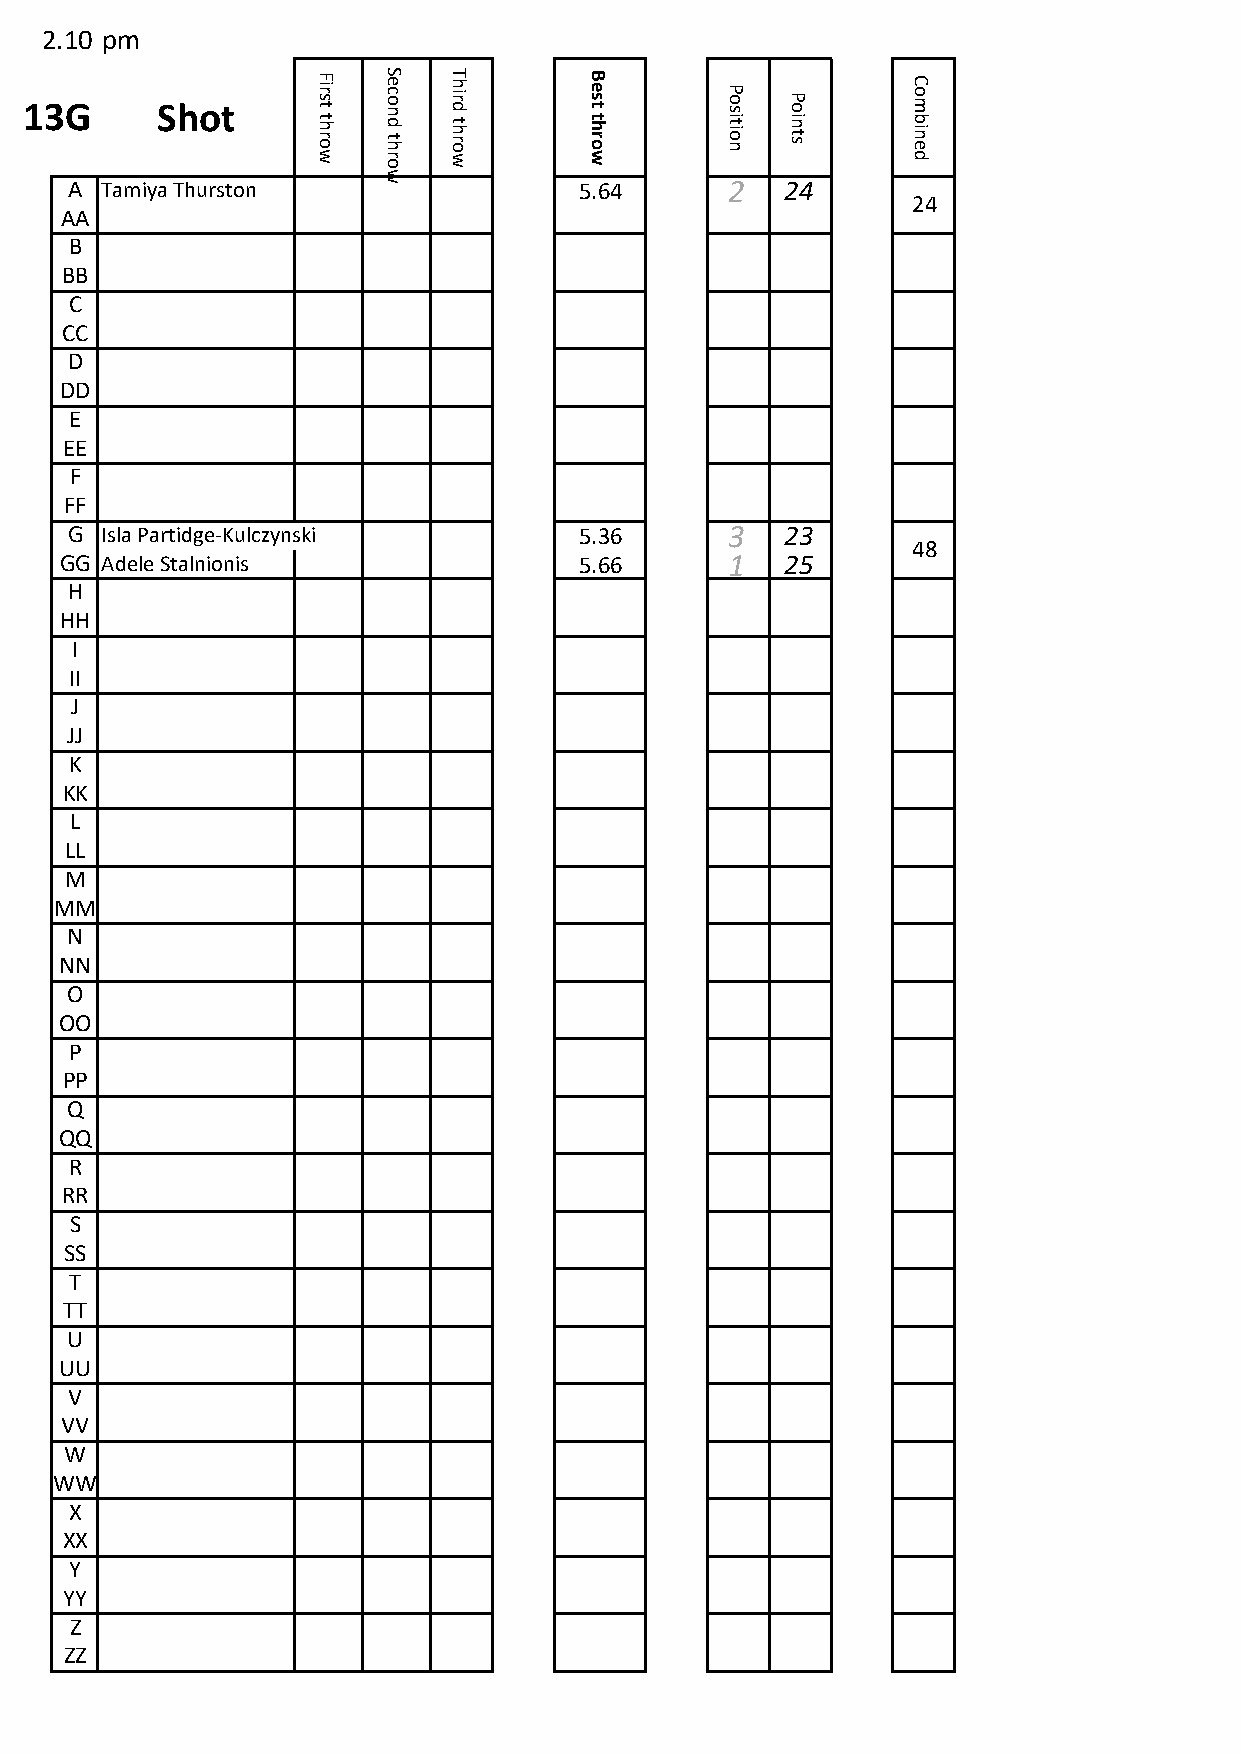
2.10 pm
 u13G      Shot       F ir s t
 t h r o
 S e c o n
 d t h
 T h ir d
 t h r o
 B e s t
 t h r o
 P o s
 it io n
 P o
 in t s
 C o m
 b in e
 w   r o  w        w                    d
 w
 A Tamiya Thurston                5.64      2   24
 24
 AA
 B
 BB
 C
 CC
 D
 DD
 E
 EE
 F
 FF
 G  Isla Partidge-Kulczynski       5.36      3   23
 48
 GG Adele Stalnionis               5.66      1   25
 H
 HH
 I
 II
 J
 JJ
 K
 KK
 L
 LL
 M
 MM
 N
 NN
 O
 OO
 P
 PP
 Q
 QQ
 R
 RR
 S
 SS
 T
 TT
 U
 UU
 V
 VV
 W
 WW
 X
 XX
 Y
 YY
 Z
 ZZ